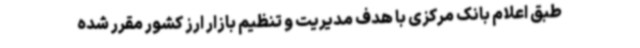
طبق اعلام بانک مرکزی با هدف مدیریت و تنظیم بازار ارز کشور مقرر شده